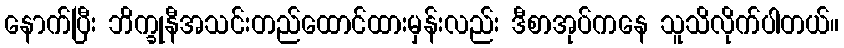
နောက်ပြီး ဘိက္ခုနီအသင်းတည်ထောင်ထားမှန်းလည်း ဒီစာအုပ်ကနေ သူသိလိုက်ပါတယ်။